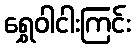
ရွှေဝါငါးကြင်း